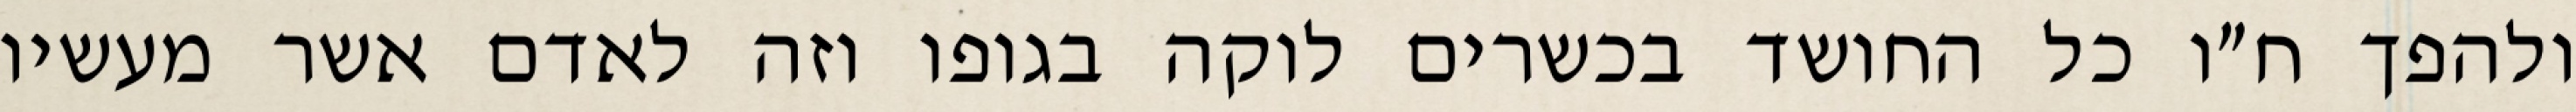
ולהפך ח״ו כל החושד בכשרים לוקה בגופו וזה לאדם אשר מעשיו